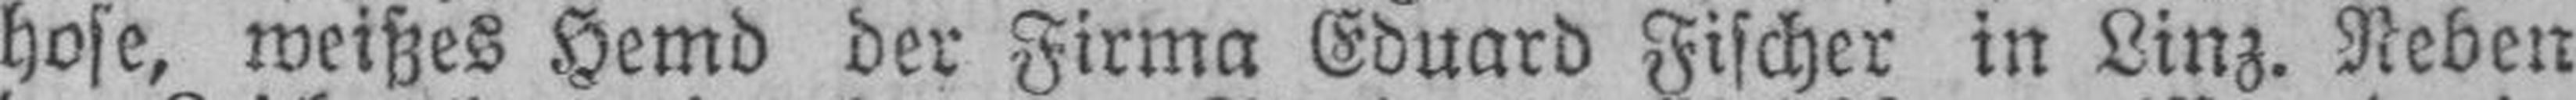
hose, weißes Hemd der Firma Eduard Fischer in Linz. Neben